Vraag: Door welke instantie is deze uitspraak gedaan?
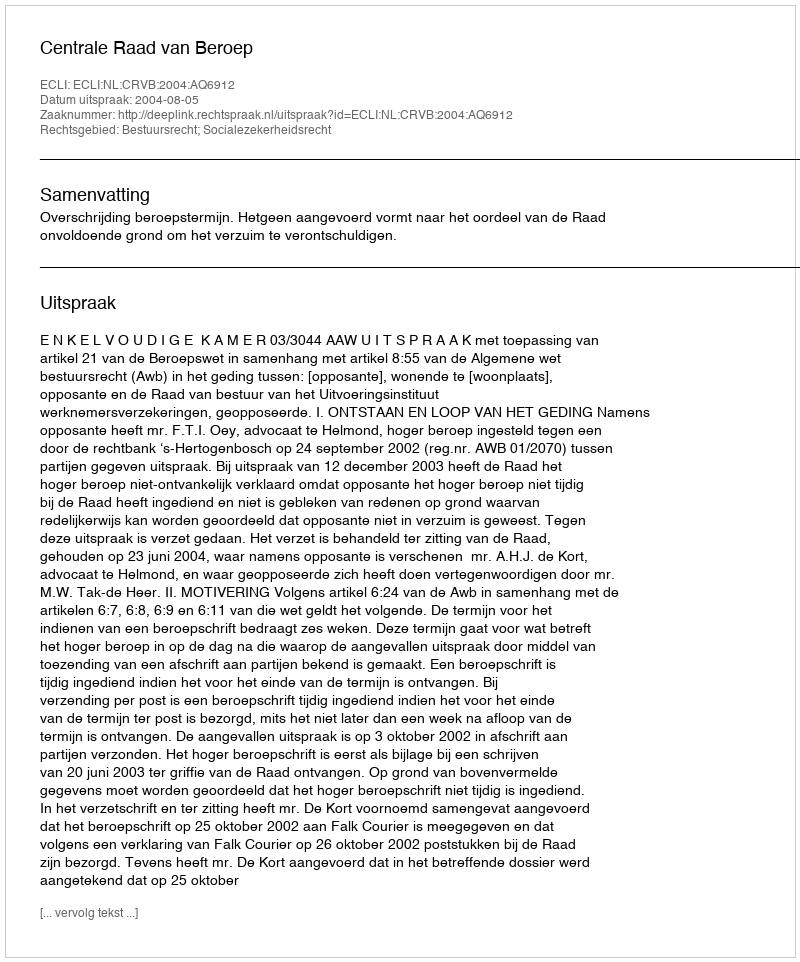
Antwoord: Centrale Raad van Beroep